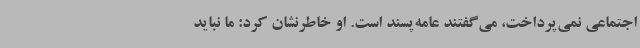
اجتماعی نمی‌پرداخت، می‌گفتند عامه‌پسند است. او خاطرنشان کرد: ما نباید